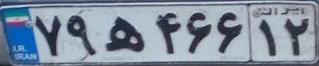
۷۹ه۴۶۶۱۲